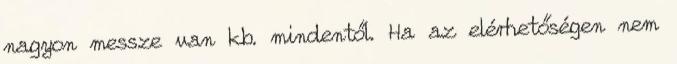
nagyon messze van kb. mindentől. Ha az elérhetőségen nem